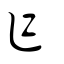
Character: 乍